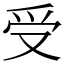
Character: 受